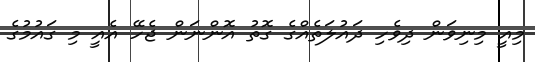
މިއީ މިނިވަން ދިވެހި ދައުލަތެއްގެ ގޮތު އޮންނަން ޖެހޭ އެއީ މި ގައުމުގެ